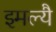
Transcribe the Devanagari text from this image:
इमल्यै